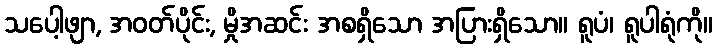
သပေါ့ဖျာ, အဝတ်ပိုင်း, မှိုအဆင်း အစရှိသော အပြားရှိသော။ ရူပံ၊ ရူပါရုံကို။